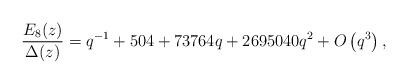
LaTeX: \begin{align*}\frac{E_8(z)}{\Delta(z)}=q^{-1}+504+73764q + 2695040 q^2+ O\left(q^3\right),\end{align*}